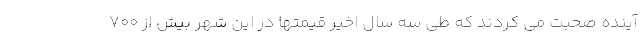
آینده صحبت می کردند که طی سه سال اخیر قیمتها در این شهر بیش از ۷۰۰